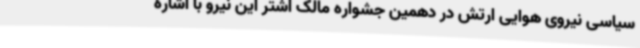
سیاسی نیروی هوایی ارتش در دهمین جشواره مالک اشتر این نیرو با اشاره